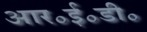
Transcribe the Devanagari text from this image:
आर॰ई॰डी॰